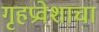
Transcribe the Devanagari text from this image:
गृहप्रवेशाचा